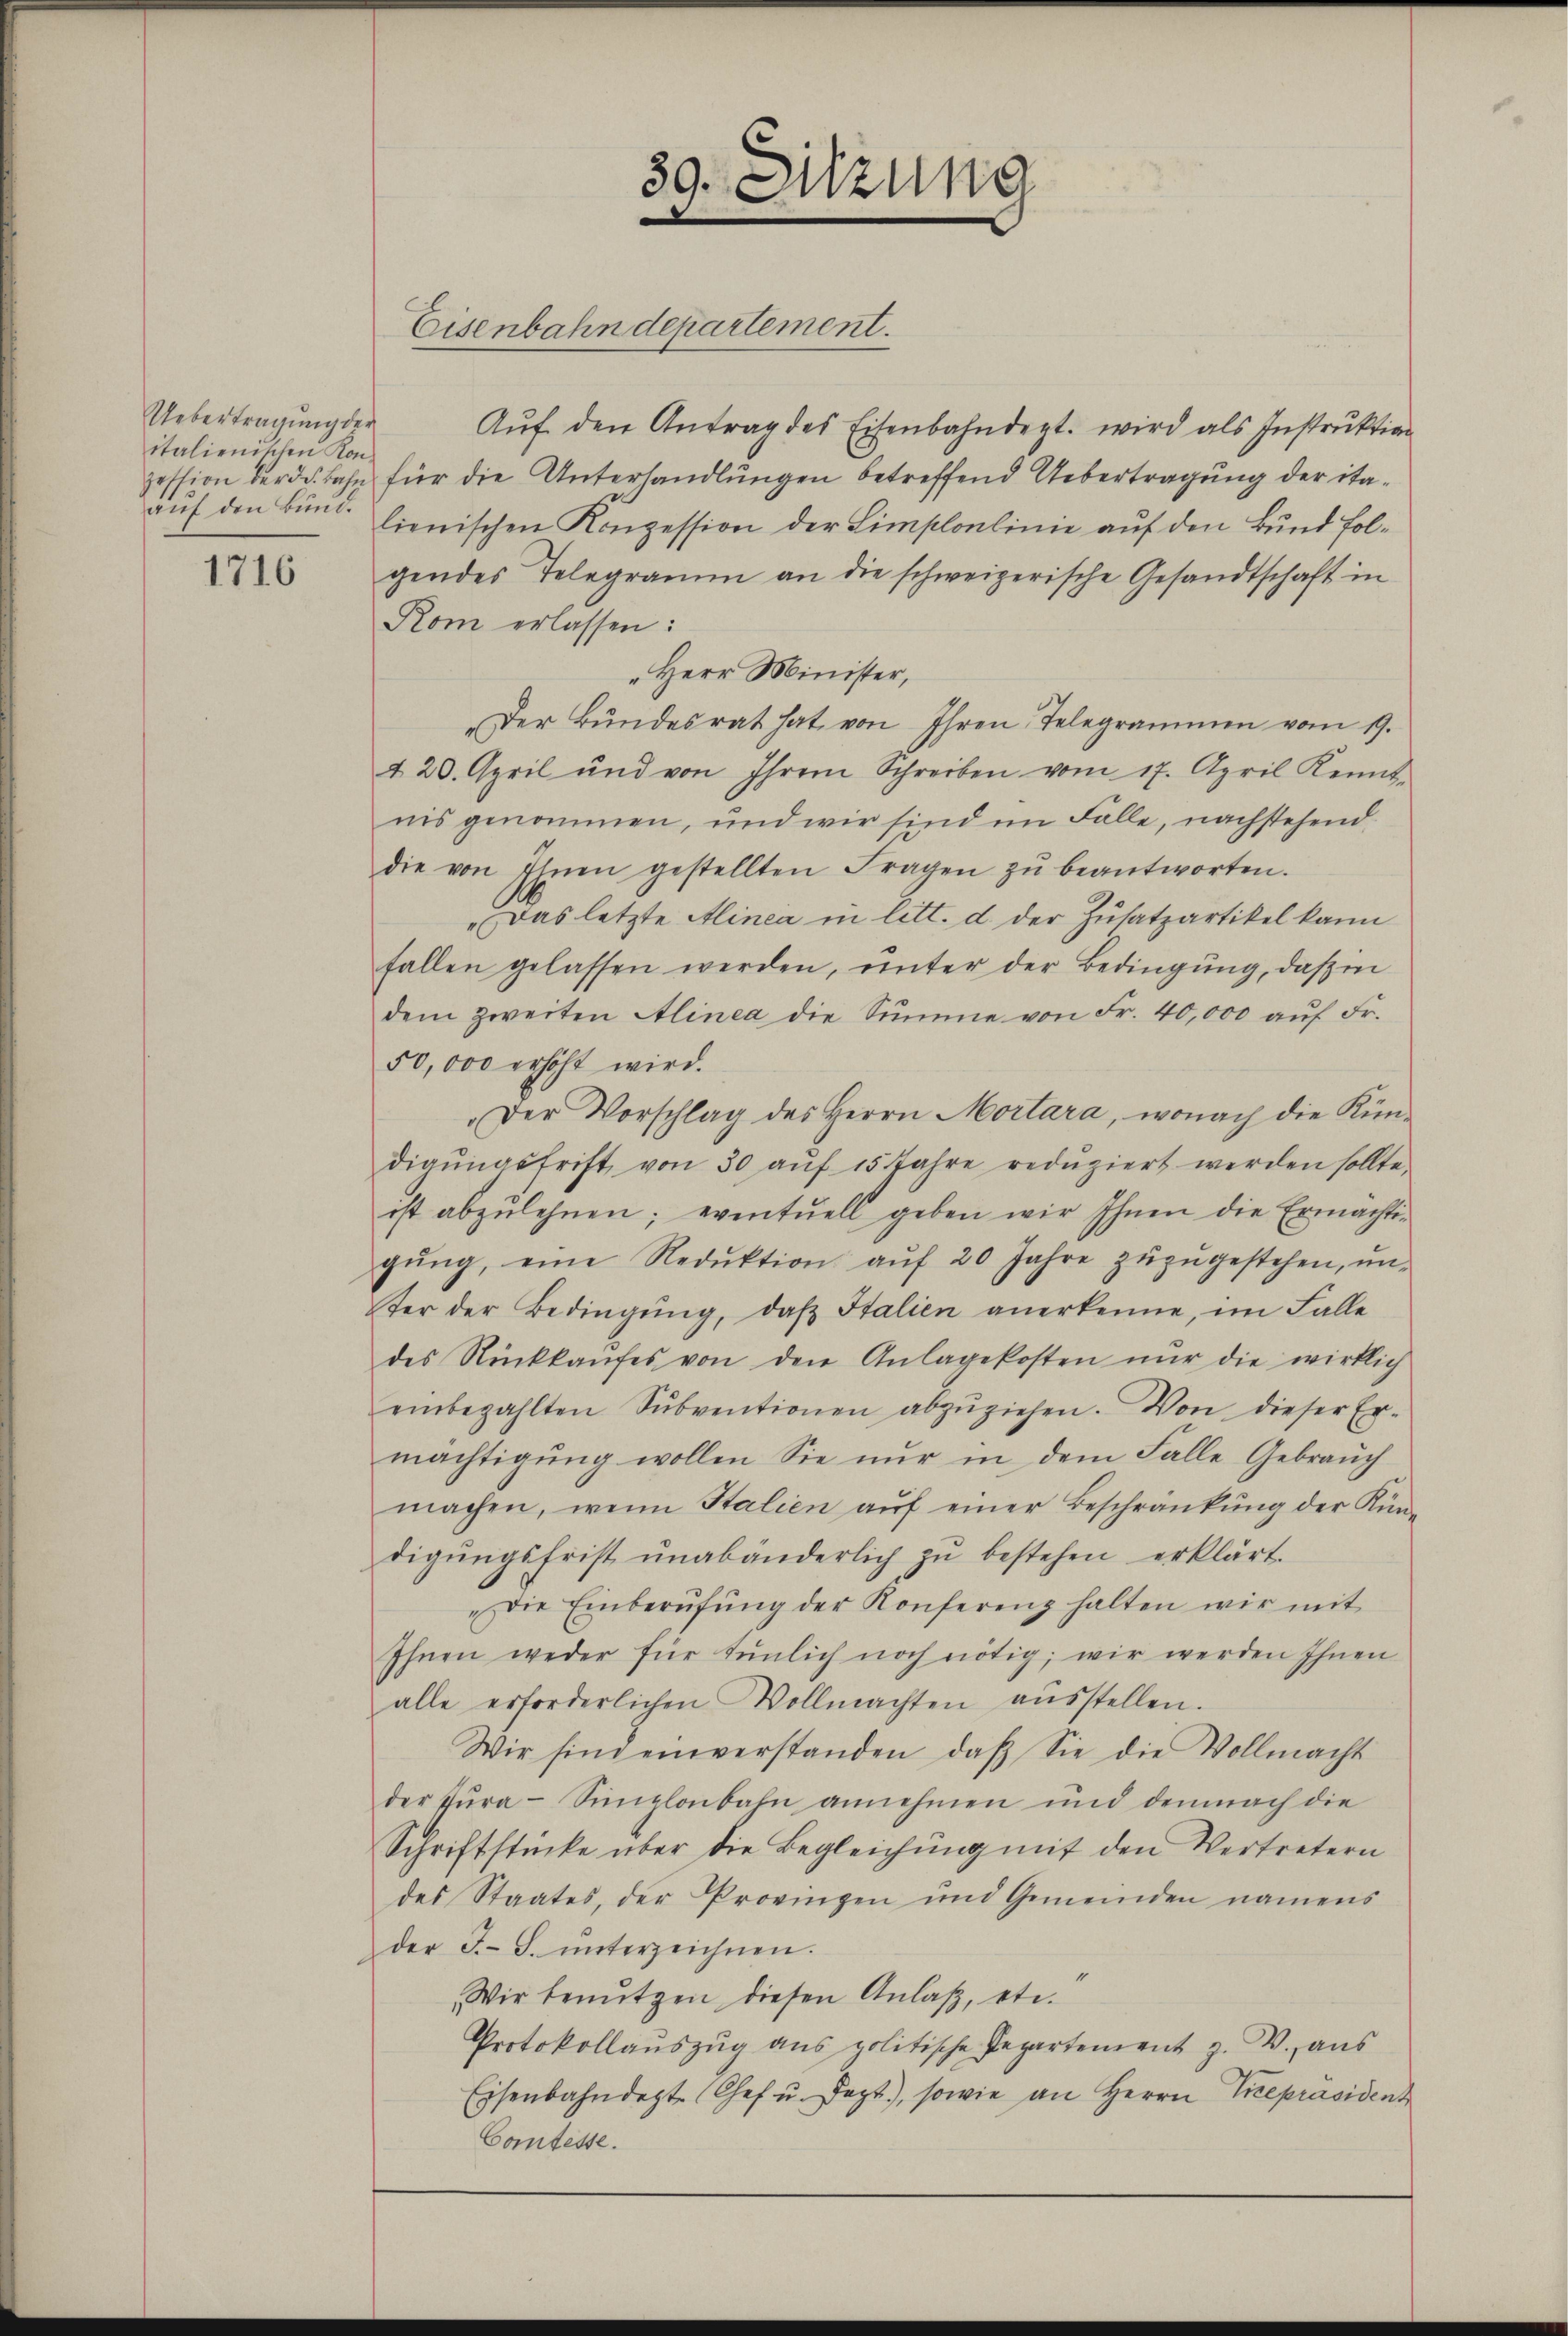
Uebertragung der
italienischen Konauf den Bund.

1716

Aŭf den Antrag des Eisenbahndept. wird als Instruktion
zession der d. Bahn für die Unterhandlungen betreffend Uebertragung der italienischen Konzession der Limplonlinie auf den Bund folgendes Telegramm an die schweizerische Gesandtschaft in
Kom erlassen:
"Herr Minister,
Der Bŭndesrat hat, von Ihren Telegrammen vom 19.
420. April und von Ihrem Schreiben vom 17. April Kennt-
nis genommen, und wir sind im Falle, nachstehend.
die von Ihnen gestellten Fragen zŭ beantworten.
"Das letzte Alinea in litt. d. der Zusatzartikel kann
fallen gelassen werden, unter der Bedingung, daß in
dem zweiten Alinea die Summe von Fr. 40,000 aŭf Fr.
50,000 erhöht wird.
Der Vorschlag des Herrn Mortara, wonach die Kündigŭngsfrist von 30 aŭf 15 Jahre redŭziert werden sollte.
ist abzulehnen; eventuell geben wir Ihnen die Ermächti-
gŭng, eine Reduktion aŭf 20 Jahre zŭzŭgestehen, ŭn-
ter der Bedingŭng, daβ Italien anerkenne, im Falle
des Rückkaŭfes von den Anlagekosten nŭr die wirklich
einbezahlten Sŭbventionen abzŭziehen. Von dieser Er-
mächtigung wollen Sie nur in dem Falle Gebrauch
machen, wenn Stalien aŭf einer Beschränkung der Kün-
digŭngsfrist unabänderlich zŭ bestehen erklärt.
„Die Einberŭfŭng der Konferenz halten wir mit
Ihnen weder für tŭnlich noch nötig, wir werden Ihnen
alle erforderlichen Vollmachten aŭsstellen.
Wir sind einverstanden, daß Sie die Vollmacht
der Tŭra-Sinzlonbahn annehmen und demnach die
Schriftstücke über die Begleichŭng mit den Vertretern
des Staates, der Provingen und Gemeinden namens
der J. F. ŭnterzeichnen.
1
Wir benutzen diesen Anlaß, etc.
Protokollaŭszŭg ans politische Pepartement z. V. aŭs
Eisenbahndept. (Chef u. Sept.), sowie an Herrn Vizepräsident
Comtesse.

39. Sitzung

Eisenbahndepartement.